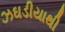
ઝઘડીયાથી